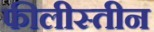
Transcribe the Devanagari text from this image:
फीलीस्तीन